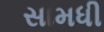
સામધી